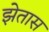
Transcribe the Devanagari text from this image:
झेतास